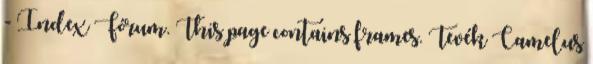
- Index Fórum. This page contains frames. Tevék Camelus